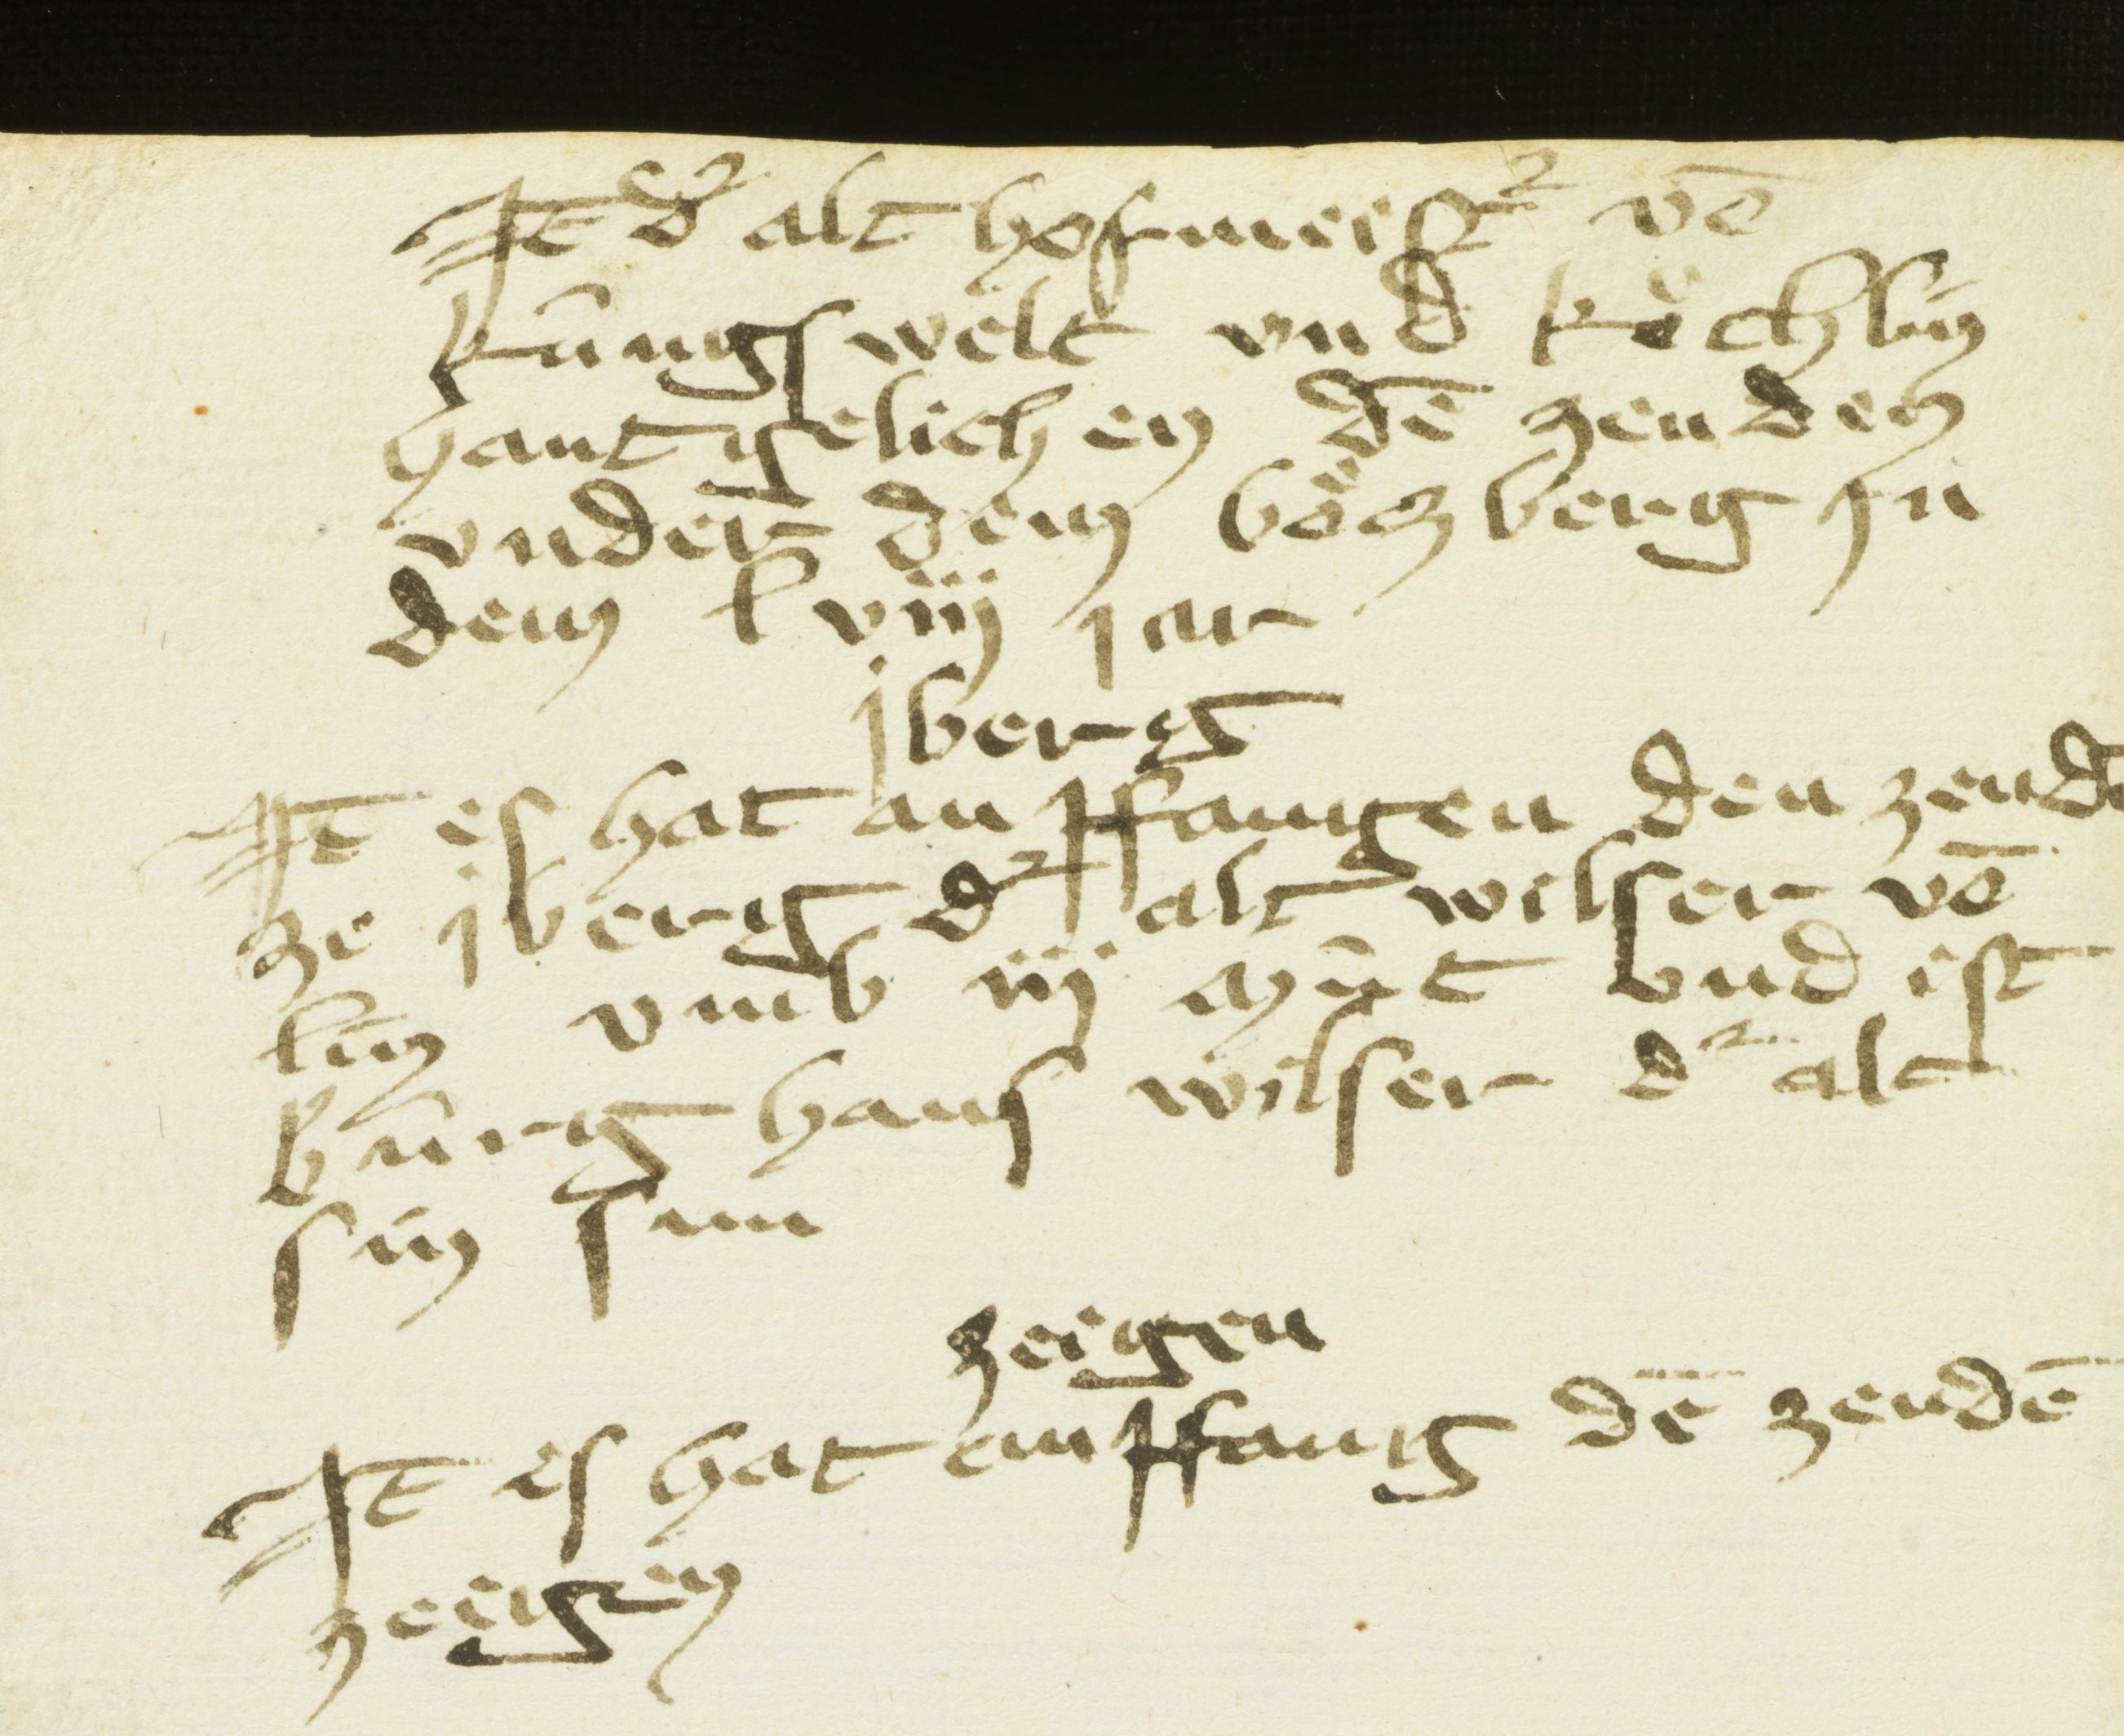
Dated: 1451–1457